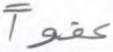
عفوا